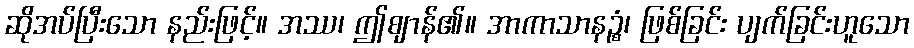
ဆိုအပ်ပြီးသော နည်းဖြင့်။ အဿ၊ ဤဈာန်၏။ အာကာသာနဉ္စံ၊ ဖြစ်ခြင်း ပျက်ခြင်းဟူသော